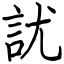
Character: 訧